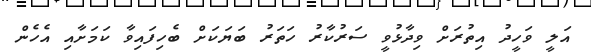
އަލީ ވަހީދު އިތުރަށް ވިދާޅުވީ ސަރުކާރު ހަތަރު ބަޔަކަށް ބެހިފައިވާ ކަމަށާއި އެހެން